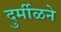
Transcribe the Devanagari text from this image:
दुर्मीळने